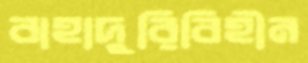
বাহাদুরিবিহীন